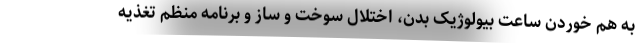
به هم خوردن ساعت بیولوژیک بدن، اختلال سوخت و ساز و برنامه منظم تغذیه